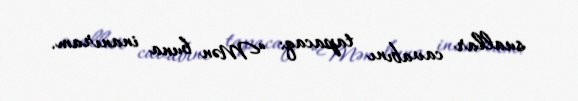
suallar cavabını tapacaq: “Mən buna inanıram.